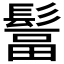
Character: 𩭺